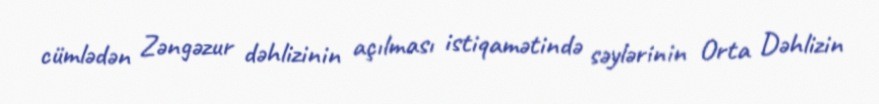
cümlədən Zəngəzur dəhlizinin açılması istiqamətində səylərinin Orta Dəhlizin